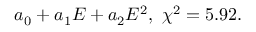
a _ { 0 } + a _ { 1 } E + a _ { 2 } E ^ { 2 } , \ \chi ^ { 2 } = 5 . 9 2 .